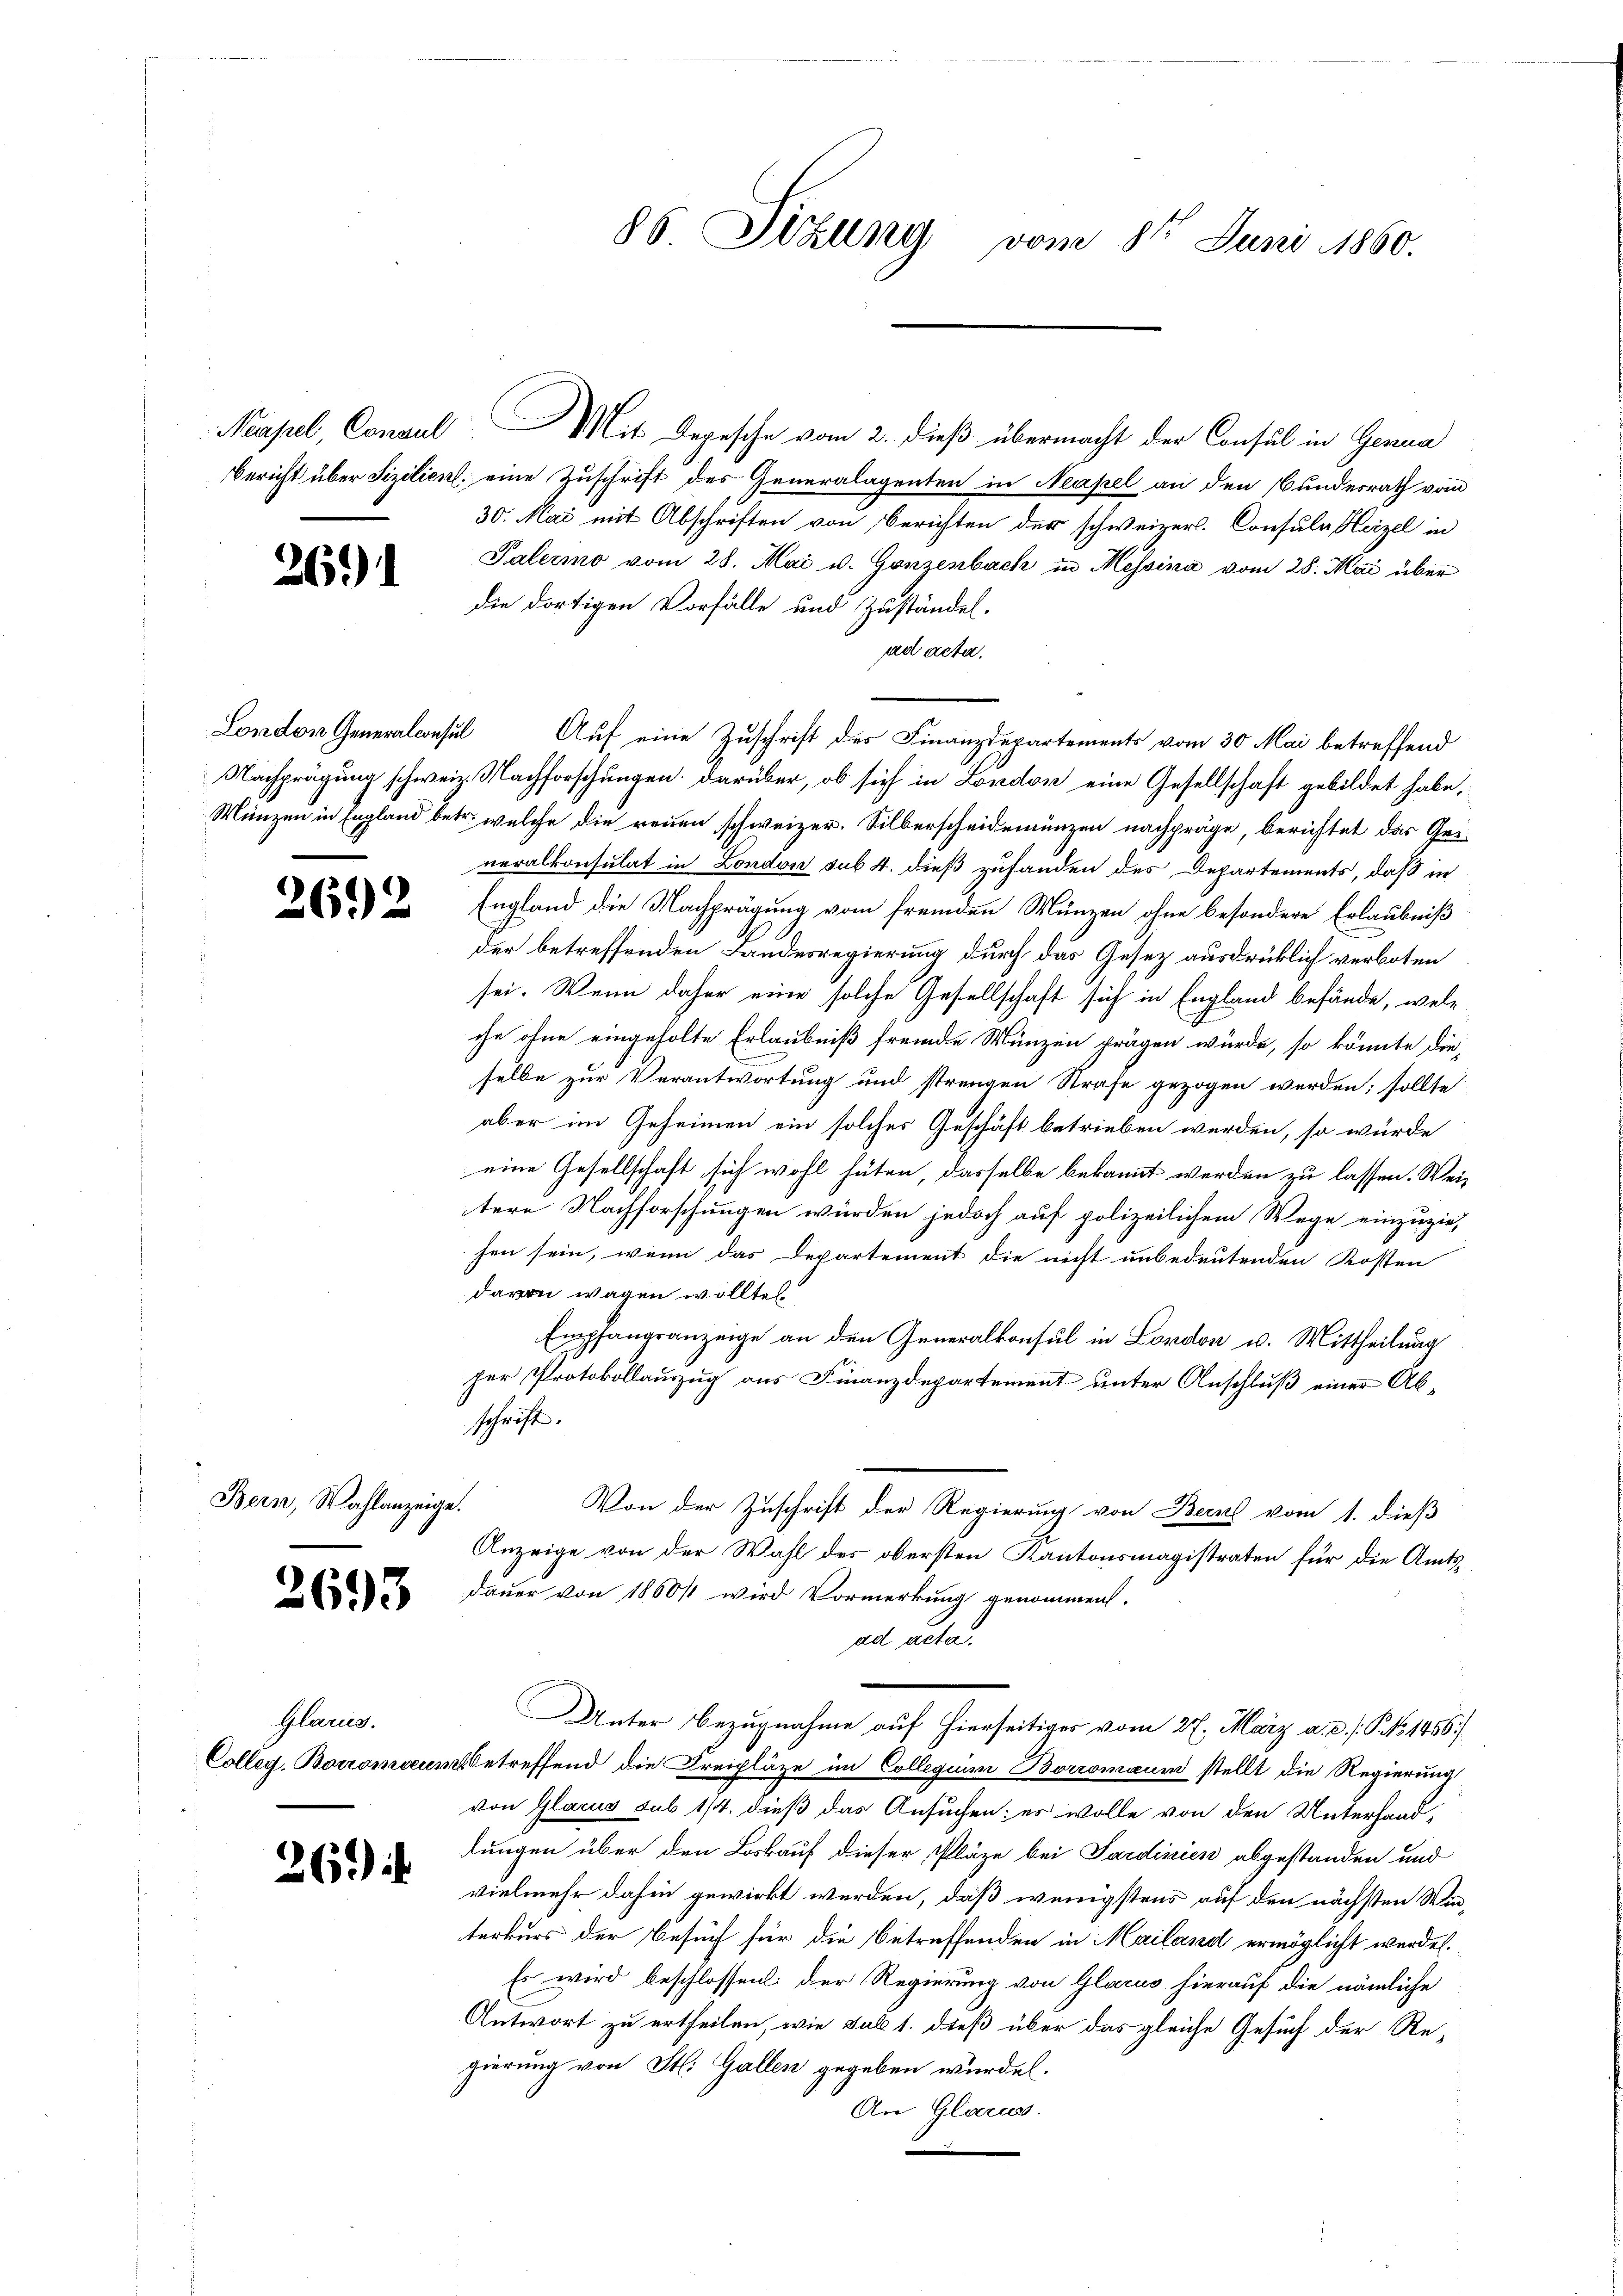
Neapel, Consul

2691

Bern, Wahlanzeige.

2693

Glarus.

269

Mit Depesche vom 2. dieß übermacht der Consul in Genua
Bericht über Fizilien. eine Zuschrift des Generalagenten in Neapel an den Bundesrath vom
30. Mai mit Abschriften von Berichten der schweizer. Consula Heizel in
Palermo vom 28. Mai v. Gonzenbach in Messina vom 28. Mai über
die dortigen Vorfälle und Zuständel.
ad acta.
London Generalconsul Auf eine Zuschrift des Finanzdepartements vom 30. Mai betreffend
Nachprägung schweiz. Nachforschungen: darüber, ob sich in London eine Gesellschaft gebildet habe,
Münzen in England betr. welche die reuen schweizer. Silberscheidemünzen nachpräge, berichtet das Ge-
neralkonsulat in London sub 4. dieß zufanden des Departements, daß in
 England die Nachprägung vom fremden Münzen ohne besondere Erlaubniß
der betreffenden Landesregierung durch das Gesetz ausdrücklich verboten
sei. Wenn daher eine solche Gesellschaft sich in England befände, wele
che ohne eingeholte Erlaubniß fremde Münzen prägen würde, so könnte die-
selbe zur Verantwortung und strengen Strafe gezogen werden; sollte
aber im Geheimen ein solches Geschäft betrieben werden, so würde
eine Gesellschaft sich wohl hüten, dasselbe bekannt werden zu lassen. Weitere Nachforschungen würden jedoch auf polizeilichem Wege einzuzieh
sen sein, wenn das Departement die nicht unbedeutenden Kosten
davon wagen wollte.
Empfangsanzeige an den Generalkonsul in London u. Mittheilung
per Protokollauszug aus Finanzdepartement unter Anschluß einer Abschrift.
Von der Zuschrift der Regierung von Bern vom 1. dieß
Anzeige von der Wahl des obersten Kantonsmagistraten für die Amtsdauer von 1850 wird Vormerkung genommen.
ad acta.
Unter Bezugnahme auf hierseitiges vom 27. März a. a. s. S. 1456)
Colleg. Boromaum betreffend die Freipläge im Collegium Borromaum stellt die Regierung
von Glarus sub 1/4. dieß das Ansuchen; es wolle von den Unterhanddungen über den Loskauf dieser Pläze bei Sardinien abgestanden und
vielmehr dahin gewirkt werden, daß wenigstens auf den nächsten Winterkurs der Besuch für die Betreffenden in Mailand ermöglicht werden.
Es wird beschlossen der Regierung von Glarus hierauf die nämliche
Antwort zu ertheilen, wie sub 1. dieß über das gleiche Gesuch der Regierung von St. Gallen gegeben würden.
An Glarus.

86 Hallng vom 8ten Juni 1860.